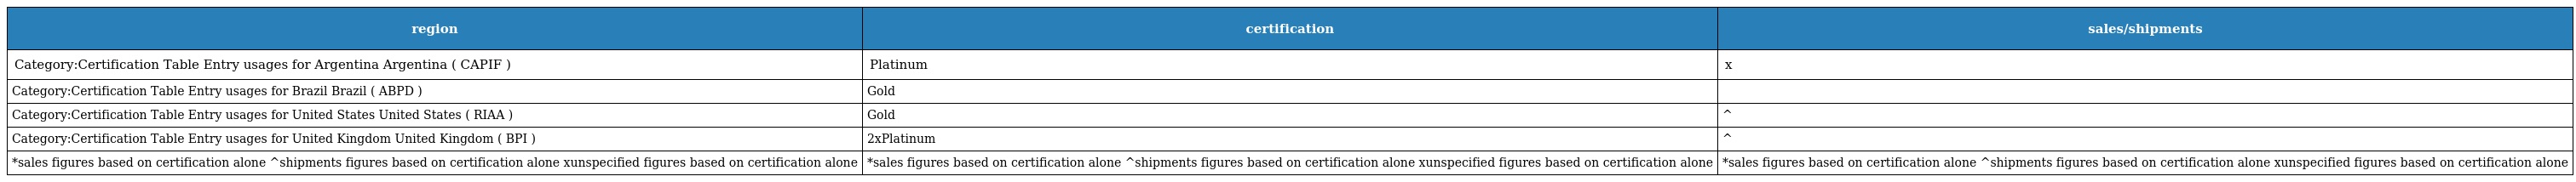
| region | certification | sales/shipments |
 | --- | --- | --- |
 | Category:Certification Table Entry usages for Argentina Argentina ( CAPIF ) | Platinum | x |
 | Category:Certification Table Entry usages for Brazil Brazil ( ABPD ) | Gold |  |
 | Category:Certification Table Entry usages for United States United States ( RIAA ) | Gold | ^ |
 | Category:Certification Table Entry usages for United Kingdom United Kingdom ( BPI ) | 2xPlatinum | ^ |
 | *sales figures based on certification alone ^shipments figures based on certification alone xunspecified figures based on certification alone | *sales figures based on certification alone ^shipments figures based on certification alone xunspecified figures based on certification alone | *sales figures based on certification alone ^shipments figures based on certification alone xunspecified figures based on certification alone |